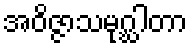
အဝိဇ္ဇာသမုဂ္ဃါတာ